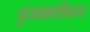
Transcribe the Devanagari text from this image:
पुस्तकाशिवाय